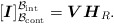
\begin{align*}[\boldsymbol{I}] _{\mathcal{B}_{\rm cont}}^{\mathcal{B}_{\rm int}} =\boldsymbol{V}\boldsymbol{H}_R .\end{align*}